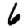
Digit: 6